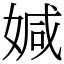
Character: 㛾